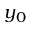
y _ { 0 }